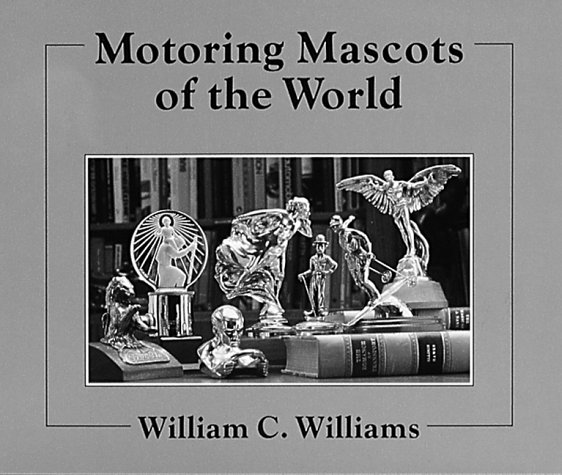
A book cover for Motoring Mascots of the World (English and French Edition); William C Williams; Crafts, Hobbies & Home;